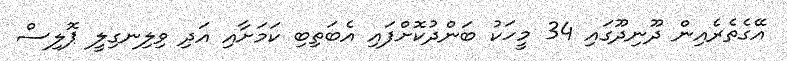
އޭގެތެރެއިން ދޫނިދޫގައި 34 މީހަކު ބަންދުކޮށްފައި އެބަތިބި ކަމަށާއި އަދި ވިލިނގިލީ ޕޮލިސް